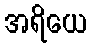
အရိယေ